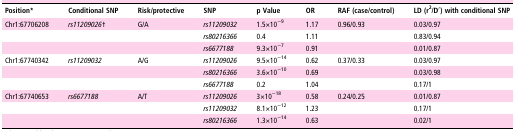
<table><thead><tr><td><b>Position*</b></td><td><b>Conditional SNP</b></td><td><b>Risk/protective</b></td><td><b>SNP</b></td><td><b>p Value</b></td><td><b>OR</b></td><td><b>RAF (case/control)</b></td><td><b>LD (r<sup>2</sup>/D′) with conditional SNP</b></td></tr></thead><tbody><tr><td>Chr1:67706208</td><td><i>rs11209026</i>†</td><td>G/A</td><td><i>rs11209032</i></td><td>1.5×10<sup>−9</sup></td><td>1.17</td><td>0.96/0.93</td><td>0.03/0.97</td></tr><tr><td></td><td></td><td></td><td><i>rs80216366</i></td><td>0.4</td><td>1.11</td><td></td><td>0.83/0.94</td></tr><tr><td></td><td></td><td></td><td><i>rs6677188</i></td><td>9.3×10<sup>−7</sup></td><td>0.91</td><td></td><td>0.01/0.87</td></tr><tr><td>Chr1:67740342</td><td><i>rs11209032</i></td><td>A/G</td><td><i>rs11209026</i></td><td>9.5×10<sup>−14</sup></td><td>0.62</td><td>0.37/0.33</td><td>0.03/0.97</td></tr><tr><td></td><td></td><td></td><td><i>rs80216366</i></td><td>3.6×10<sup>−10</sup></td><td>0.69</td><td></td><td>0.03/0.98</td></tr><tr><td></td><td></td><td></td><td><i>rs6677188</i></td><td>0.2</td><td>1.04</td><td></td><td>0.17/1</td></tr><tr><td>Chr1:67740653</td><td><i>rs6677188</i></td><td>A/T</td><td><i>rs11209026</i></td><td>3×10<sup>−18</sup></td><td>0.58</td><td>0.24/0.25</td><td>0.01/0.87</td></tr><tr><td></td><td></td><td></td><td><i>rs11209032</i></td><td>8.1×10<sup>−12</sup></td><td>1.23</td><td></td><td>0.17/1</td></tr><tr><td></td><td></td><td></td><td><i>rs80216366</i></td><td>1.3×10<sup>−14</sup></td><td>0.63</td><td></td><td>0.02/1</td></tr></tbody></table>